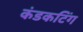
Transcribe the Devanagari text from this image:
कंडकटिंग